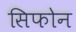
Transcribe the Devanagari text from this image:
सिफोन